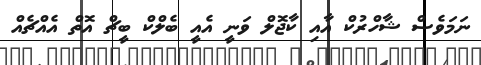
ނަމަވެސް ޝާހްރުކް އާއި ކާޖޮލް ވަނީ އެއީ ބެލްކް ބީޗް އޮތް އެއްޗެއް